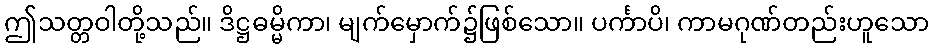
ဤသတ္တဝါတို့သည်။ ဒိဋ္ဌဓမ္မိကာ၊ မျက်မှောက်၌ဖြစ်သော။ ပင်္ကာပိ၊ ကာမဂုဏ်တည်းဟူသော